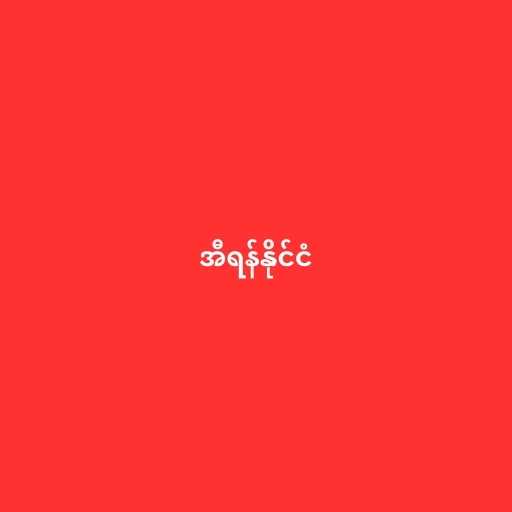
အီရန်နိုင်ငံ